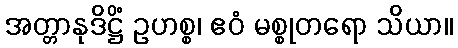
အတ္တာနုဒိဋ္ဌိံ ဥဟစ္စ၊ ဧဝံ မစ္စုတရော သိယာ။